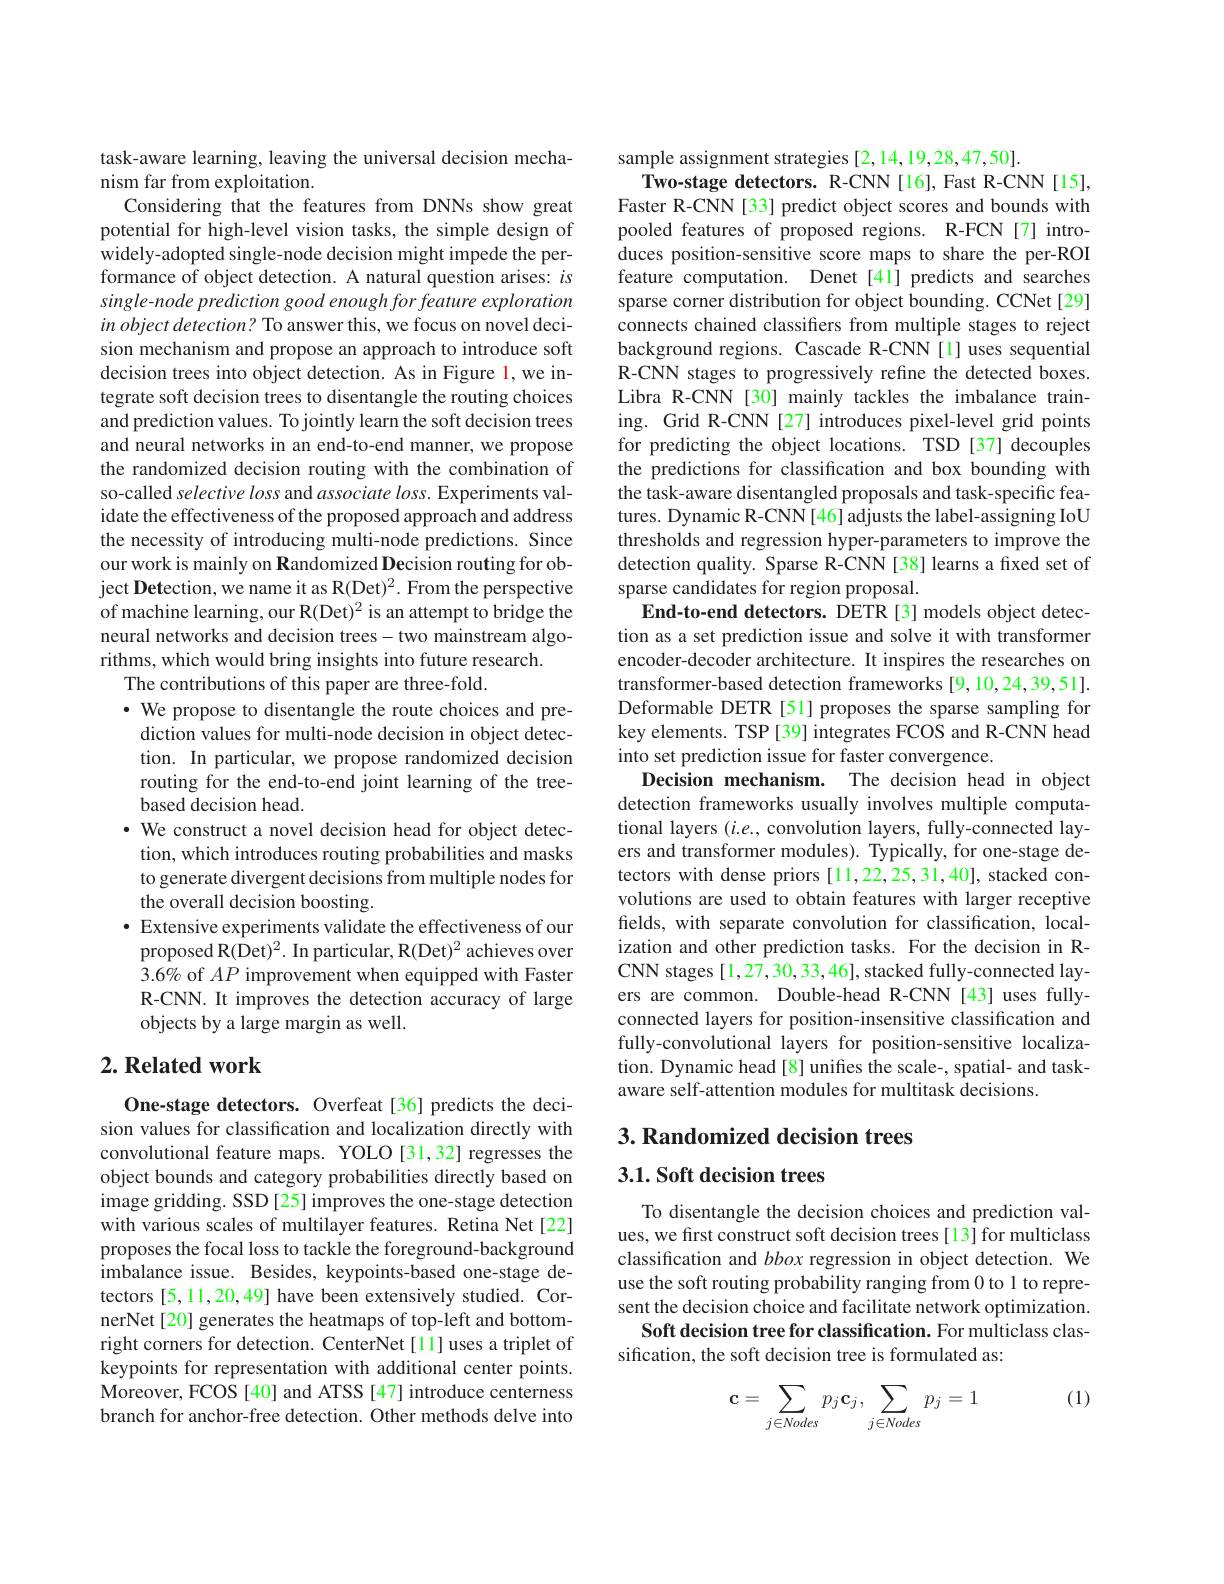
task-aware learning, leaving the universal decision mecha-
nism far from exploitation.
Considering that the features from DNNs show great potential for high-level vision tasks, the simple design of widely-adopted single-node decision might impede the performance of object detection. A natural question arises: $is$ single- node prediction good enough for feature exploration in object detection? To answer this, we focus on novel decision mechanism and propose an approach to introduce soft decision trees into object detection. As in Figure 1,we integrate soft decision trees to disentangle the routing choices and prediction values. To jointly learn the soft decision trees and neural networks in an end-to-end manner, we propose the randomized decision routing with the combination of so-called selective loss and associate loss. Experiments validate the effectiveness of the proposed approach and address the necessity of introducing multi-node predictions. Since our work is mainly on Randomized Decision routing for object Detection, we name it as R(Det)$^2.$ From the perspective of machine learning, our R(Det)$^2$ is an attempt to bridge the neural networks and decision trees- two mainstream algorithms, which would bring insights into future research.
The contributions of this paper are three-fold.
$\cdot$ We propose to disentangle the route choices and pre-
diction values for multi-node decision in object detection. In particular, we propose randomized decision routing for the end-to-end joint learning of the treebased decision head.
· We construct a novel decision head for object detection, which introduces routing probabilities and masks to generate divergent decisions from multiple nodes for the overall decision boosting.
$\bullet$ Extensive experiments validate the effectiveness of our proposed R(Det)$^2.$ In particular, R(Det)$^2$ achieves over 3.6% of $AP$ improvement when equipped with Faster R-CNN. It improves the detection accuracy of large objects by a large margin as well.
$2. \textbf{Related work}$

One-stage detectors. Overfeat[36] predicts the decision values for classification and localization directly with convolutional feature maps. YOLO[31,32] regresses the object bounds and category probabilities directly based on image gridding. SSD [25] improves the one-stage detection with various scales of multilayer features. Retina Net[22] proposes the focal loss to tackle the foreground-background imbalance issue. Besides, keypoints-based one-stage detectors [5,11,20,49] have been extensively studied. CornerNet[20] generates the heatmaps of top-left and bottomright corners for detection. CenterNet[1]uses a triplet of keypoints for representation with additional center points. Moreover, FCOS [40] and ATSS [47] introduce centerness branch for anchor-free detection. Other methods delve into

sample assignment strategies [2,14,19,28,47,50].
Two-stage detectors. R-CNN[16],Fast R-CNN[15], Faster R-CNN [33] predict object scores and bounds with pooled features of proposed regions. R-FCN[7] introduces position-sensitive score maps to share the per-ROI feature computation. Denet[41] predicts and searches sparse corner distribution for object bounding. CCNet[29] connects chained classifiers from multiple stages to reject background regions. Cascade R-CNN[1] uses sequential R-CNN stages to progressively refine the detected boxes. Libra R-CNN [30] mainly tackles the imbalance training. Grid R-CNN [27] introduces pixel-level grid points for predicting the object locations. TSD [37] decouples the predictions for classification and box bounding with the task-aware disentangled proposals and task-specific features. Dynamic R-CNN[46] adjusts the label-assigning IoU thresholds and regression hyper-parameters to improve the detection quality. Sparse R-CNN[38] learns a fixed set of sparse candidates for region proposal.
End-to-end detectors. DETR [3] models object detection as a set prediction issue and solve it with transformer encoder-decoder architecture. It inspires the researches on transformer-based detection frameworks [9, 10,24,39,51]. Deformable DETR [51] proposes the sparse sampling for key elements. TSP [39] integrates FCOS and R-CNN head into set prediction issue for faster convergence.
Decision mechanism. The decision head in object detection frameworks usually involves multiple computational layers $(i.e.$, convolution layers, fully-connected layers and transformer modules). Typically, for one-stage detectors with dense priors [11,22,25,31,40], stacked convolutions are used to obtain features with larger receptive fields, with separate convolution for classification, localization and other prediction tasks. For the decision in RCNN stages[1,27,30,33,46], stacked fully-connected layers are common. Double-head R-CNN [43] uses fullyconnected layers for position-insensitive classification and fully-convolutional layers for position-sensitive localization. Dynamic head [8] unifies the scale-, spatial- and taskaware self-attention modules for multitask decisions

## 3. Randomized decision trees

## 3.1. Soft decision trees

To disentangle the decision choices and prediction values, we first construct soft decision trees[ 13] for multiclass classification and bbox regression in object detection. We use the soft routing probability ranging from 0 to 1 to represent the decision choice and facilitate network optimization.
Soft decision tree for classification. For multiclass clas-
sification, the soft decision tree is formulated as:

(1)
$$\mathbf c=\sum\limits_{j\in Nodes}p_j\mathbf c_j,\sum\limits_{j\in Nodes}p_j=1$$